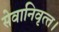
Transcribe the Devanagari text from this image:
सेवानिवृत्‍त।